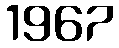
1967